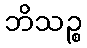
ဘိသဉ္စ